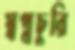
স্বপ্নচুরি